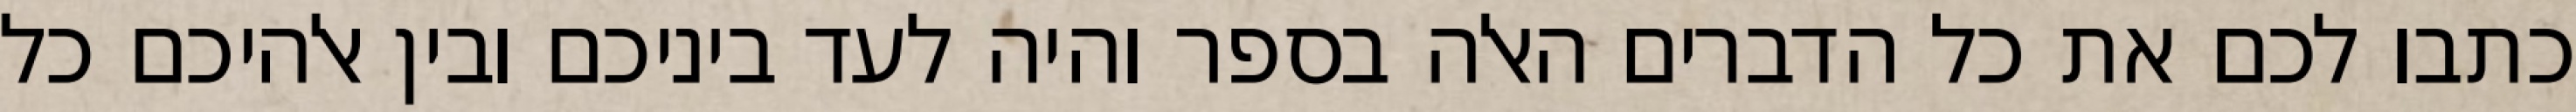
כתבו לכם את כל הדברים האלה בספר והיה לעד ביניכם ובין אלהיכם כל